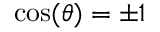
\cos ( \theta ) = \pm 1